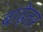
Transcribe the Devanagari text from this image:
बाढ़ेतर